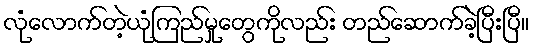
လုံလောက်တဲ့ယုံကြည်မှုတွေကိုလည်း တည်ဆောက်ခဲ့ပြီးပြီ။